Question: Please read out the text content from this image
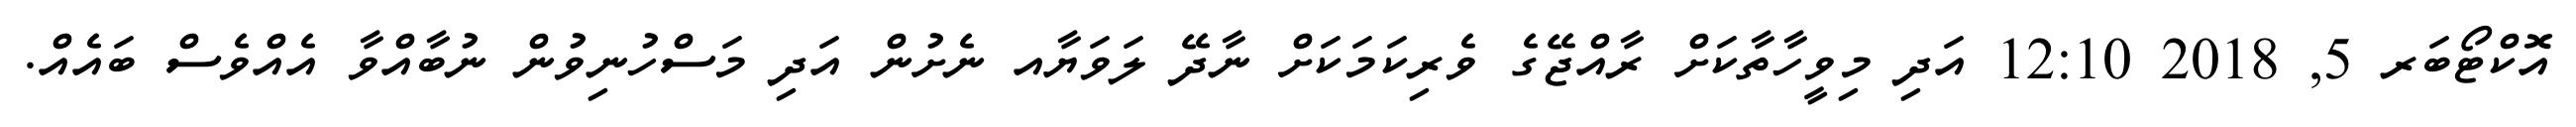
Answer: އޮކްޓޯބަރ 5, 2018 12:10 އަދި މިވީހާތާކަށް ރާއްޖޭގެ ވެރިކަމަކަށް ނާދޭ ލަވަޔާއ ނެށުން އަދި މަސްހުނިވުން ނުބާއްވާ އެއްވެސް ބައެއް.